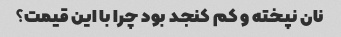
نان نپخته و کم کنجد بود چرا با این قیمت؟